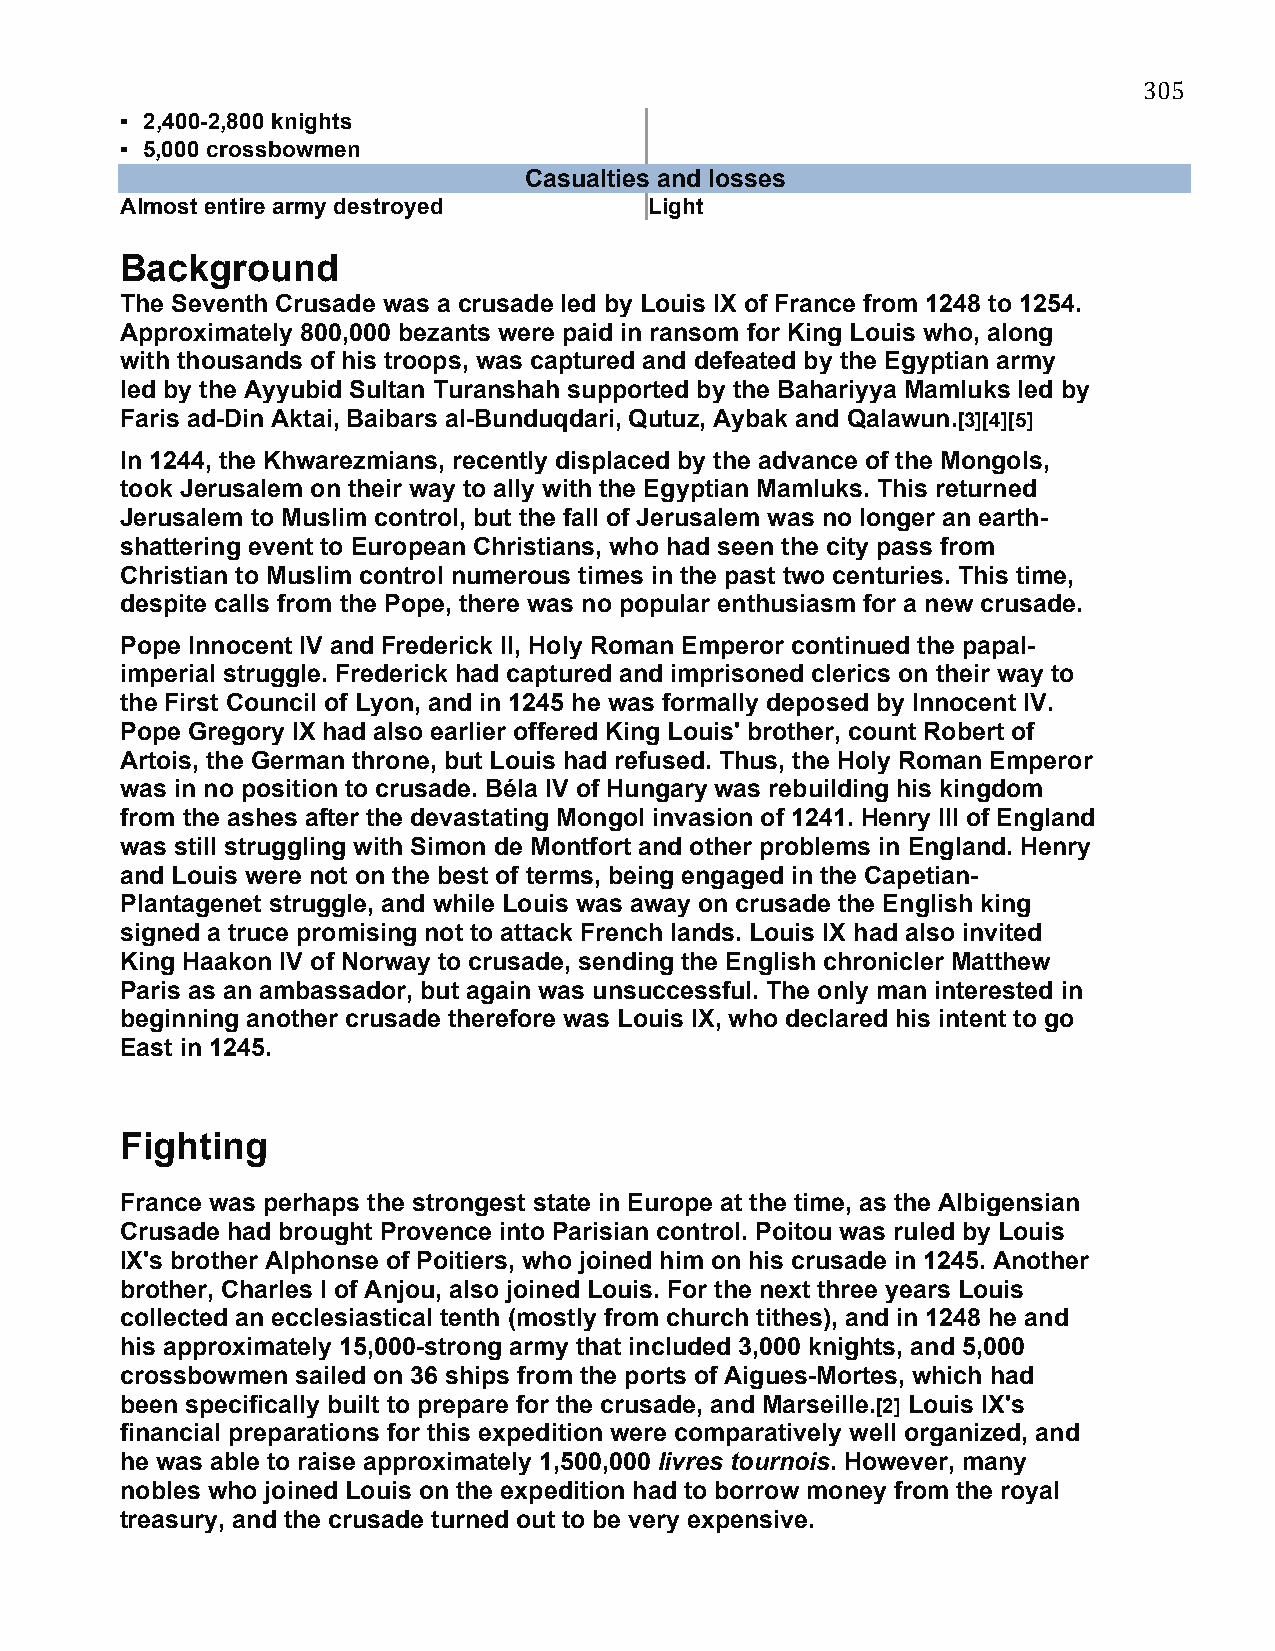
305
 ▪ 2,400-2,800 knights
 ▪ 5,000 crossbowmen
 Casualties and losses
 Almost entire army destroyed       Light
 Background
 The Seventh Crusade was a crusade led by Louis IX of France from 1248 to 1254.
 Approximately 800,000 bezants were paid in ransom for King Louis who, along
 with thousands of his troops, was captured and defeated by the Egyptian army
 led by the Ayyubid Sultan Turanshah supported by the Bahariyya Mamluks led by
 Faris ad-Din Aktai, Baibars al-Bunduqdari, Qutuz, Aybak and Qalawun.[3][4][5]
 In 1244, the Khwarezmians, recently displaced by the advance of the Mongols,
 took Jerusalem on their way to ally with the Egyptian Mamluks. This returned
 Jerusalem to Muslim control, but the fall of Jerusalem was no longer an earth-
 shattering event to European Christians, who had seen the city pass from
 Christian to Muslim control numerous times in the past two centuries. This time,
 despite calls from the Pope, there was no popular enthusiasm for a new crusade.
 Pope Innocent IV and Frederick II, Holy Roman Emperor continued the papal-
 imperial struggle. Frederick had captured and imprisoned clerics on their way to
 the First Council of Lyon, and in 1245 he was formally deposed by Innocent IV.
 Pope Gregory IX had also earlier offered King Louis' brother, count Robert of
 Artois, the German throne, but Louis had refused. Thus, the Holy Roman Emperor
 was in no position to crusade. Béla IV of Hungary was rebuilding his kingdom
 from the ashes after the devastating Mongol invasion of 1241. Henry III of England
 was still struggling with Simon de Montfort and other problems in England. Henry
 and Louis were not on the best of terms, being engaged in the Capetian-
 Plantagenet struggle, and while Louis was away on crusade the English king
 signed a truce promising not to attack French lands. Louis IX had also invited
 King Haakon IV of Norway to crusade, sending the English chronicler Matthew
 Paris as an ambassador, but again was unsuccessful. The only man interested in
 beginning another crusade therefore was Louis IX, who declared his intent to go
 East in 1245.
 Fighting
 France was perhaps the strongest state in Europe at the time, as the Albigensian
 Crusade had brought Provence into Parisian control. Poitou was ruled by Louis
 IX's brother Alphonse of Poitiers, who joined him on his crusade in 1245. Another
 brother, Charles I of Anjou, also joined Louis. For the next three years Louis
 collected an ecclesiastical tenth (mostly from church tithes), and in 1248 he and
 his approximately 15,000-strong army that included 3,000 knights, and 5,000
 crossbowmen sailed on 36 ships from the ports of Aigues-Mortes, which had
 been specifically built to prepare for the crusade, and Marseille.[2] Louis IX's
 financial preparations for this expedition were comparatively well organized, and
 he was able to raise approximately 1,500,000 livres tournois. However, many
 nobles who joined Louis on the expedition had to borrow money from the royal
 treasury, and the crusade turned out to be very expensive.